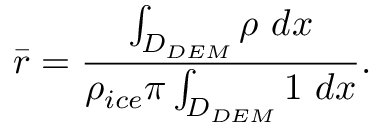
\bar { r } = \frac { \int _ { D _ { D E M } } \rho \ d \boldsymbol { x } } { \rho _ { i c e } \pi \int _ { D _ { D E M } } 1 \ d \boldsymbol { x } } .